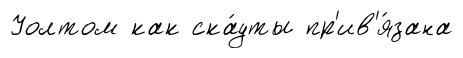
Уолтом как ска́уты пр'ив'я́зана